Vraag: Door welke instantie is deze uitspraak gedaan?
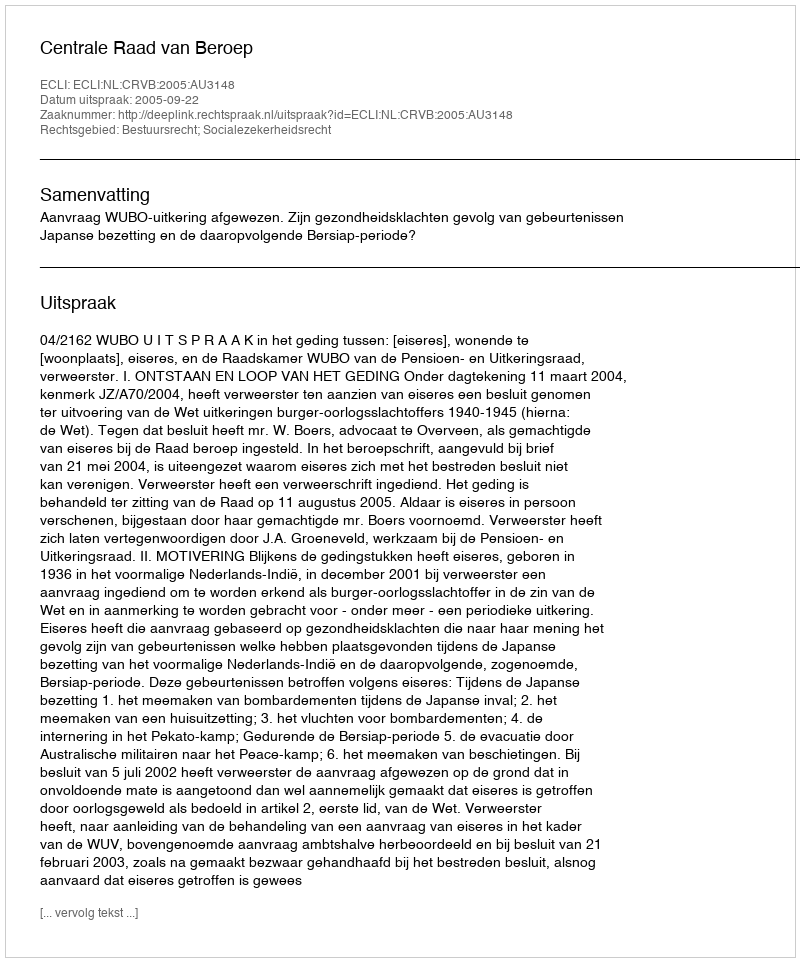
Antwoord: Centrale Raad van Beroep